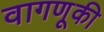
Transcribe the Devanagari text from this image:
वागणूकी